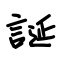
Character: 誕